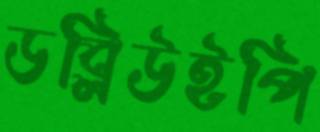
ডব্লিউইপি